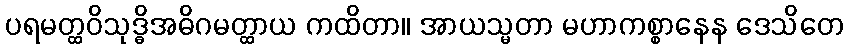
ပရမတ္ထဝိသုဒ္ဓိအဓိဂမတ္ထာယ ကထိတာ။ အာယသ္မတာ မဟာကစ္စာနေန ဒေသိတေ